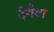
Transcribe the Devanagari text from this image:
देवैथा